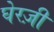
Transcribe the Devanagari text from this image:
घेरज़ी